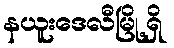
နယူးဒေလီမြို့ရှိ